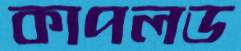
কাপলড